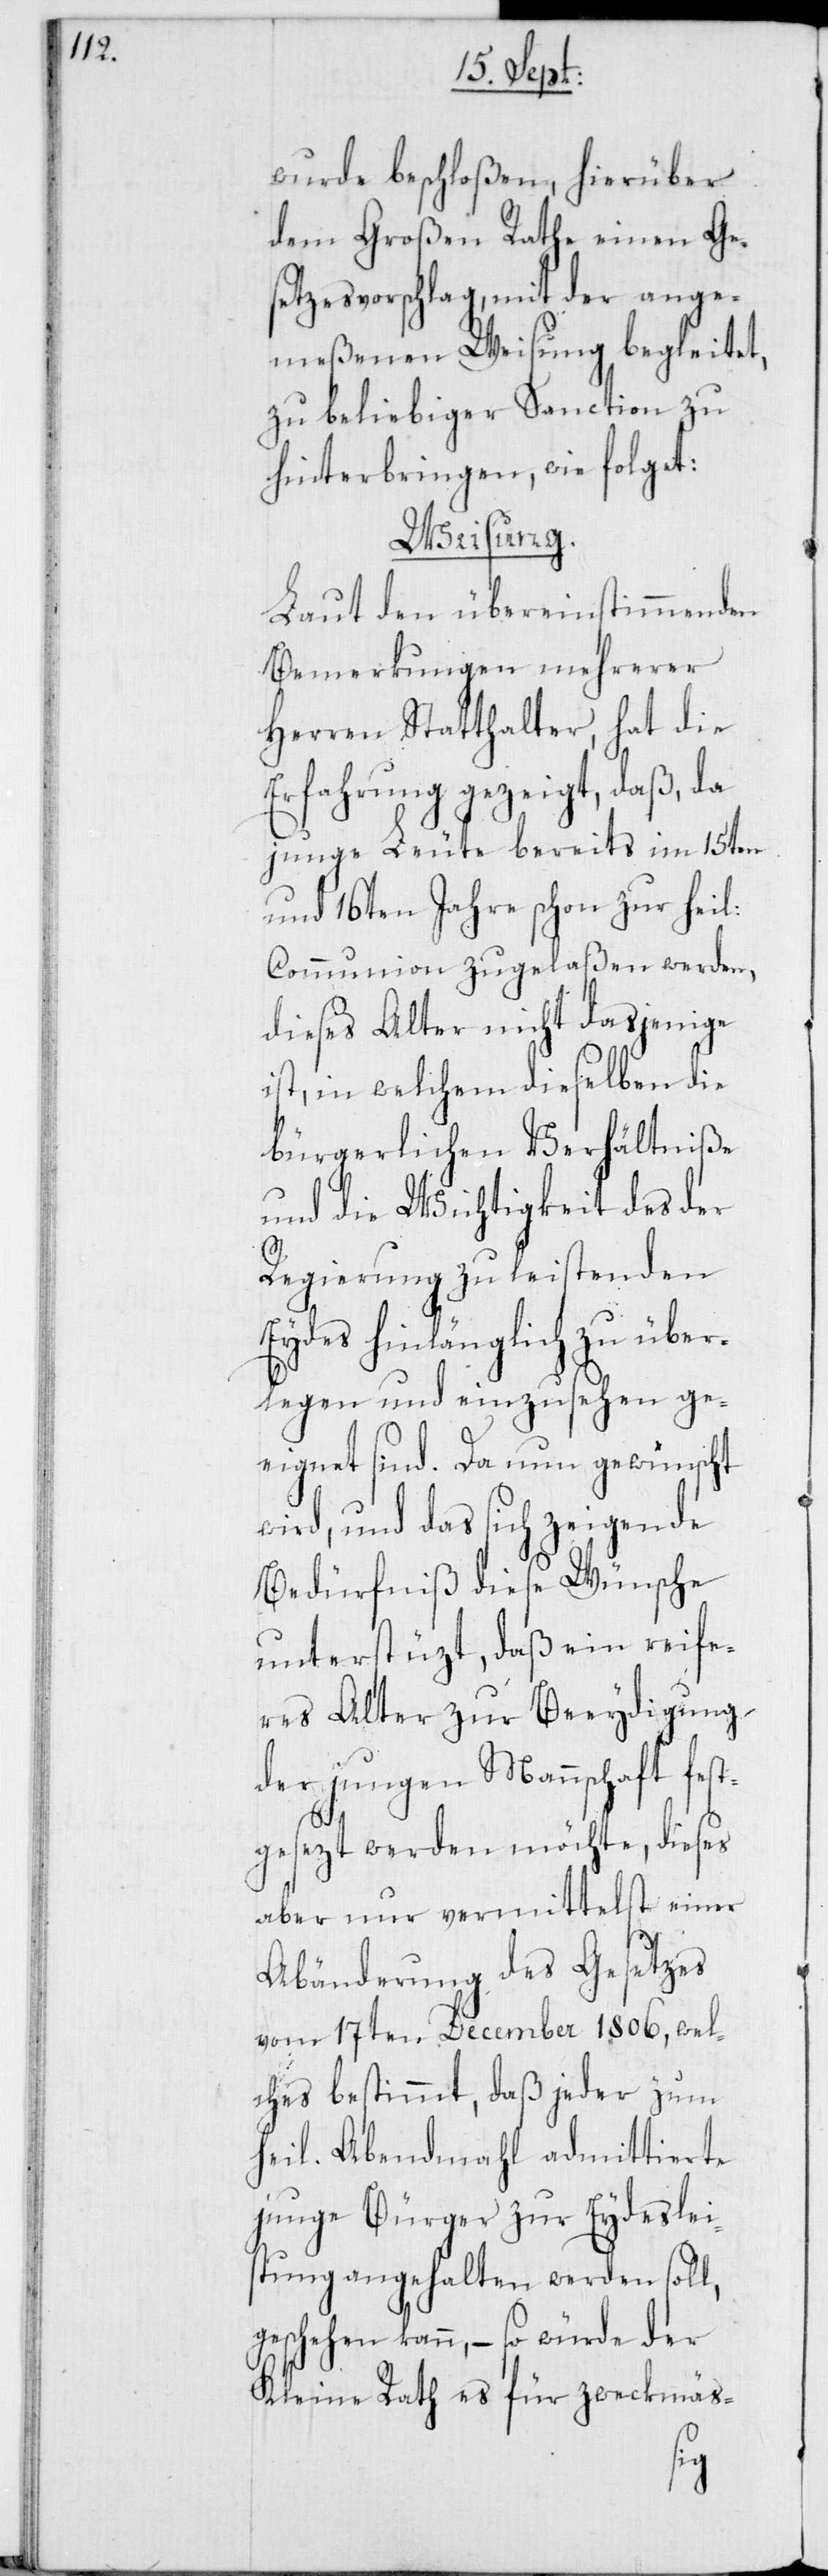
wurde beschloßen, hierüber
dem Großen Rathe einen Ges¬
etzesvorschlag, mit der ange¬
meßenen Weisung begleitet,
zu beliebiger Sanction zu
hinterbringen, wie folget:
Weisung.
Laut den übereinstimmenden
Bemerkungen mehrerer
Herren Statthalter, hat die
Erfahrung gezeigt, daß, da
junge Leute bereits im 15ten
und 16ten Jahre schon zur heil:
Communion zugelaßen werden,
dieses Alter nicht dasjenige
ist, in welchem dieselben die
bürgerlichen Verhältniße
und die Wichtigkeit des der
Regierung zu leistenden
Eydes hinlänglich zu über¬
legen und einzusehen ge¬
eignet sind. Da nun gewünscht
wird, und das sich zeigende
Bedürfniß diese Wünsche
unterstüzt, daß ein reife¬
res Alter zur Beeydigung
der jungen Mannschaft fest¬
gesezt werden möchte, dieses
aber nur vermittelst einer
Abänderung des Gesetzes
vom 17ten December 1806, wel¬
ches bestimmt, daß jeder zum
heil. Abendmahl admittierte
junge Bürger zur Eydeslei¬
stung angehalten werden soll,
geschehen kann, – so würde der
Kleine Rath es für zweckmäs-